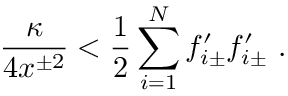
{ \frac { \kappa } { 4 x ^ { \pm 2 } } } < { \frac { 1 } { 2 } } \sum _ { i = 1 } ^ { N } f _ { i \pm } ^ { \prime } f _ { i \pm } ^ { \prime } \ .